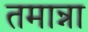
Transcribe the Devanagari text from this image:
तमान्ना